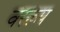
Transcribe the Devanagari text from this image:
वररूप